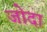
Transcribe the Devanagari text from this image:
जोदा